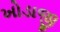
ખોડાજી